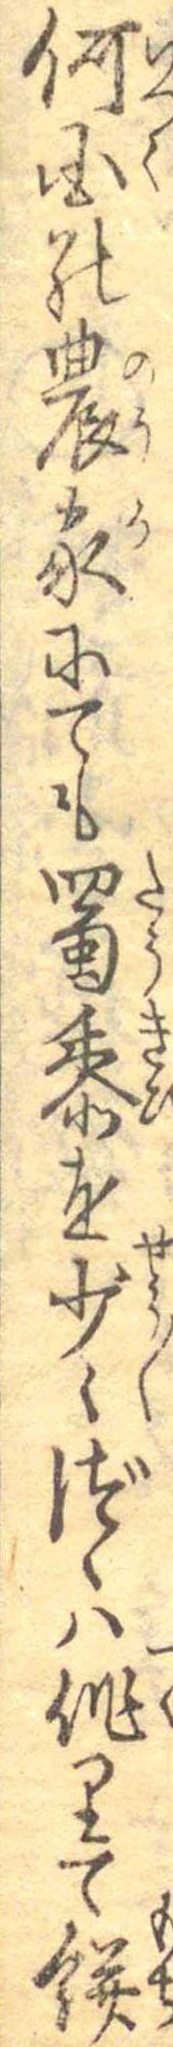
何国の農家にても蜀黍を少々づゝは作りて餅